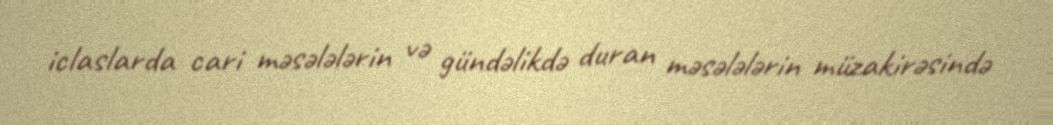
iclaslarda cari məsələlərin və gündəlikdə duran məsələlərin müzakirəsində